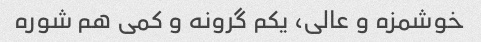
خوشمزه و عالی، یکم گرونه و کمی هم شوره